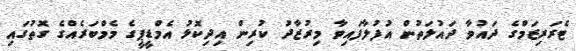
ޓެރަރިޒަމްގެ ދައުވާ ދައުލަތުން އުފުލާފައިވާ މިރުޒާދު ކުރިން އިދިކޮޅު އެމްޑީޕީގެ މެމްބަރެއްގެ ގޮތުގައި